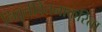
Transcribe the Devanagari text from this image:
निवृत्तीवेतनाकरिता